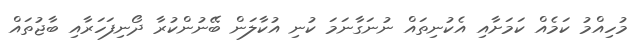
މުހިއްމު ކަމެއް ކަމަށާއި އެކުނިތައް ނުނަގާނަމަ ކުނި އުކާލަން ބޭނުންކުރާ ދޯނިފަހަރާއި ބާޖުތައް